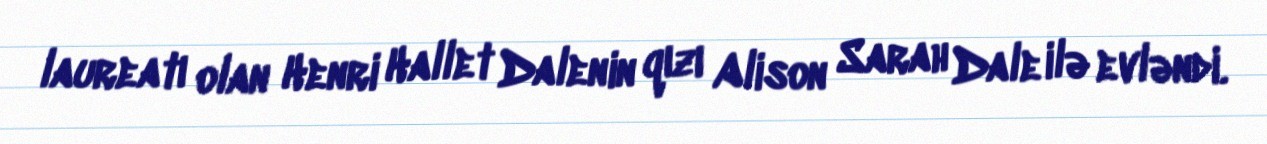
laureatı olan Henri Hallet Dalenin qızı Alison Sarah Dale ilə evləndi.